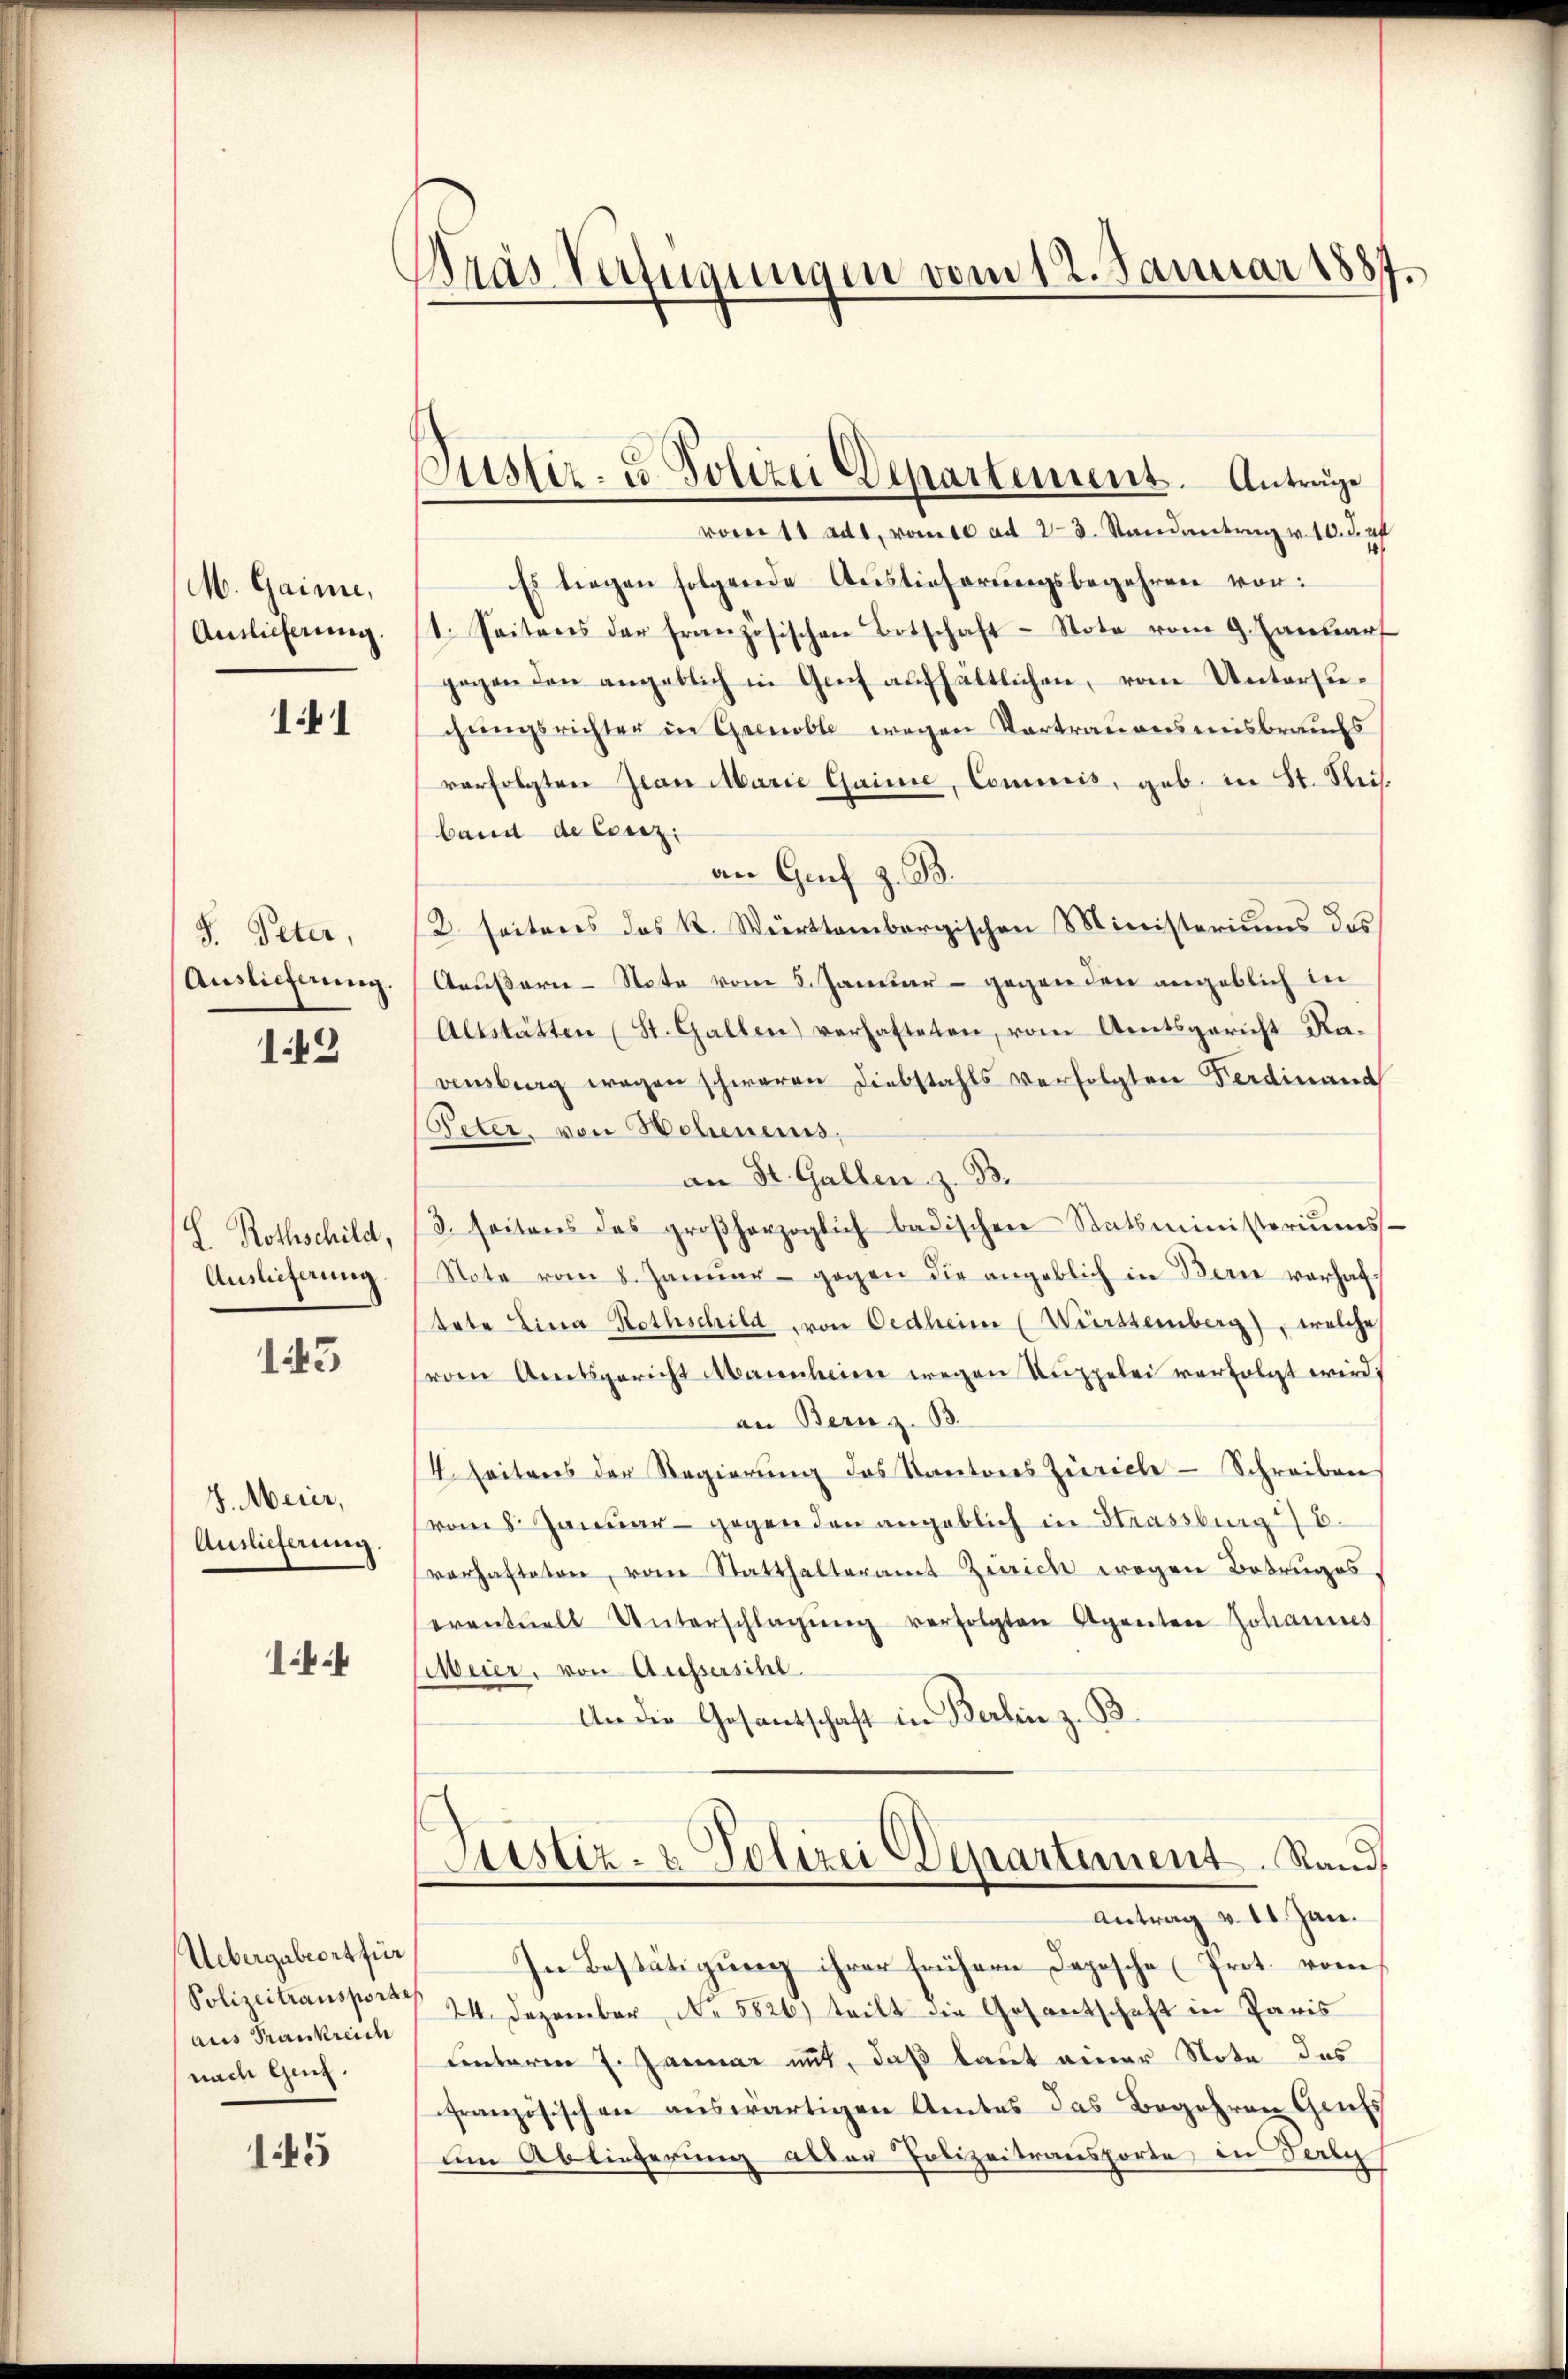
M. Gaime,
Auslieferung.

141

S. Peter,
Auslieferung.

149

H. Rothschild,
Auslieferung

143

J. Meier,
Auslieferung

1

Uebergabeort für
Polizeitransporte
aus Frankreich
nach Genf.

145

Bras Verfügungen vom 12. Januar 1887.

Justiz- u Polizei Departement. Antrage
vom 11 adt, vom 10 ad 2. 3. Randantrag v. 10. Ja

Es liegen folgende Auslieferungsbegehren von:
1. Seitens der französischen Botschaft - Note vom 9. Januar
gegen den angeblich in Genf aufhältlichen, vom Untersuchungsrichter in Grenoble wegen Vortrauensmisbrauchs
verfolgten Jean Marie Gaine, Commis, geb. in St. Reiband de Centzi
an Graf z. B.
/2 seiteres das K. Württembergischen Ministeriums des
Geußern-Note vom 8. Januar - gegen den angeblich in
Altstätten (St. Gallen) verhafteten, vom Amtsgericht Ravenberg wegen schweren Diebstahls verfolgten Ferdinand
Peter, von Hohenens,
an St. Gallen z. B.
3. seitens des großherzoglich badischen Statsministeriums-
Note vom 8. Janŭar gegen die angeblich in Berne verhaftete Lina Rothschild von Oedheim (Württemberg), welche
vom Amtsgericht Maienheim wegen Kuppelei verfolgt wird.
an Bern z. B.
4. Seitens der Regierŭng des Kantons Zürich - Schreiben
vom 8. Januar gegenden angeblich in Strassburg 6.
verhafteten, vom Statthalteramt Zürich wegen Betruges.
eventuell Unterschlagŭng verfolgten Agenten Johannes
Meier, von Aufsersihl.
An die Gesandschaft in Berben z. B.
Justiz- & Polizei Departement. Rand
Antrag v. 11. Jan.
In Bestätigung ihrer frühern Depesche Prot. vom
 24. Dezember, No 5826) teilt die Gesantschaft in Paris
Unterm 7. Januar mit, daß laut einer Note des
französischen auswärtigen Amtes das Begehren Gauts
um Ablieferung aller Polizeitransporte in Tanz